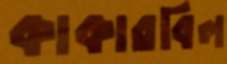
কাকারবিল